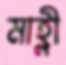
মাহ্লী